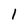
Character: 1